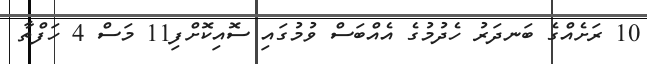
10 ރަށެއްގެ ބަނދަރު ހެދުމުގެ އެއްބަސް ވުމުގައި ސޮއިކޮށްފި11 މަސް 4 ހަފްތާ